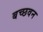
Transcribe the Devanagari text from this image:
बच्छवन